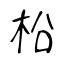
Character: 柗